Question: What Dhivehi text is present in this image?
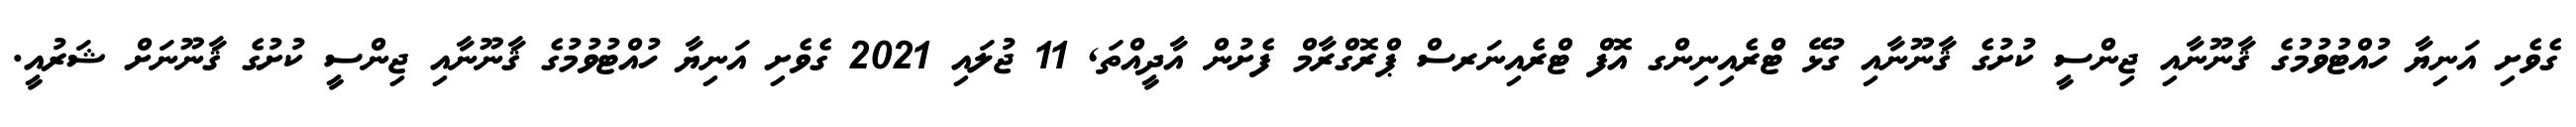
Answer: ގެވެށި އަނިޔާ ހުއްޓުވުމުގެ ޤާނޫނާއި ޖިންސީ ކުށުގެ ޤާނޫނާއި ގުޅޭ ޓްރެއިނިންގ އޮފް ޓްރެއިނަރސް ޕްރޮގްރާމް ފެށުން އާދީއްތަ, 11 ޖުލައި 2021 ގެވެށި އަނިޔާ ހުއްޓުވުމުގެ ޤާނޫނާއި ޖިންސީ ކުށުގެ ޤާނޫނަށް ޝަރުއީ.